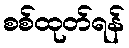
စစ်ထုတ်ရန်